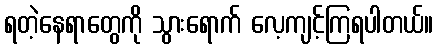
ရတဲ့နေရာတွေကို သွားရောက် လေ့ကျင့်ကြရပါတယ်။